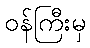
ဝန်ကြီးမှ